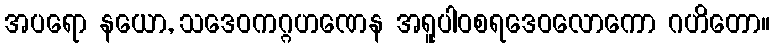
အပရော နယော, သဒေဝကဂ္ဂဟဏေန အရူပါဝစရဒေဝလောကော ဂဟိတော။